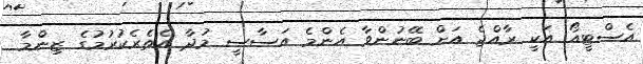
އެސްޓީއޯ އަކީ ރާއްޖެ އަށް ބޭނުންވާ އެންމެ އަސާސީ މުދާ އެތެރެކުރުމުގެ ޒިންމާ